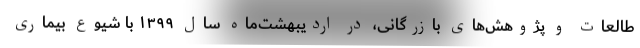
طالعات و پژوهش‌های بازرگانی، در اردیبهشت‌ماه سال ۱۳۹۹ با شیوع بیماری